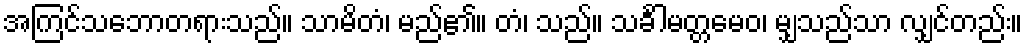
အကြင်သဘောတရားသည်။ သာမိတံ၊ မည်၏။ တံ၊ သည်။ သင်္ခါမတ္တမေဝ၊ မျှသည်သာ လျှင်တည်း။